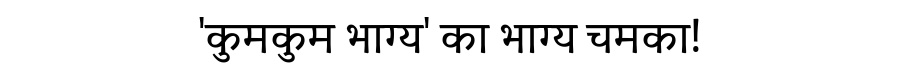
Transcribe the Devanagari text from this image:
'कुमकुम भाग्य' का भाग्य चमका!